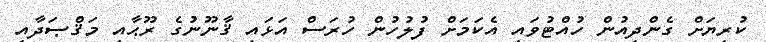
ކުރިޔަށް ގެންދިއުން ހުއްޓުވައި އެކަމަށް ފުލުހުން ހުރަސް އަޅައި ޤާނޫނުގެ ރޫޙާއި މަޤްޞަދާއި